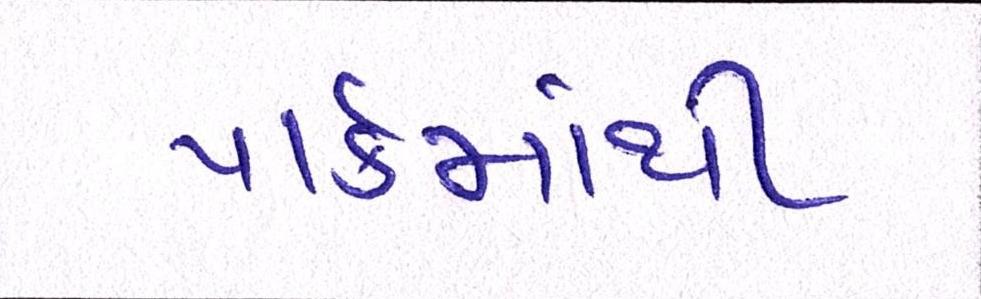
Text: પાર્કમાંથી